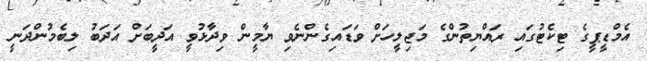
އެމްޑީޕީގެ ޓިކެޓުގައި ރައްޔިތުންގެ މަޖިލީހަށް ވަޑައިގެންނެވި ޔާމީން ވިދާޅުވީ އަދީބަށް އަދަބު ލިބެމުންދަނީ